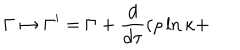
\Gamma \mapsto \Gamma ^ { \prime } = \Gamma + \frac { d } { d \tau } ( \rho \ln \kappa +